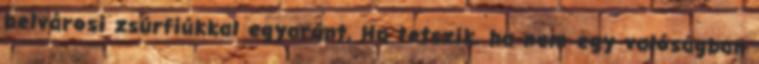
belvárosi zsúrfiúkkal egyaránt. Ha tetszik, ha nem egy valóságban